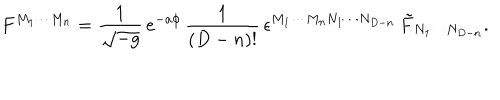
F ^ { M _ { 1 } \cdots M _ { n } } = { \frac { 1 } { \sqrt { - g } } } \, e ^ { - a \phi } \, { \frac { 1 } { ( D - n ) ! } } \, \epsilon ^ { M _ { 1 } \cdots M _ { n } N _ { 1 } \cdots N _ { D - n } } \, \tilde { F } _ { N _ { 1 } \cdots N _ { D - n } } .